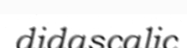
didascalic